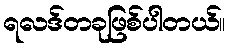
ရလဒ်တခုဖြစ်ပါတယ်။